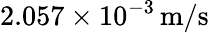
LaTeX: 2.057\times 10^{-3}\, \mathrm{m}/\mathrm{s}